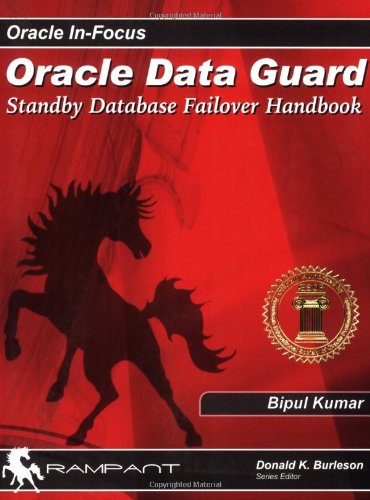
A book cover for Oracle Dataguard: Standby Database Failover Handbook (Oracle In-Focus series); Bipul Kumar; Computers & Technology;